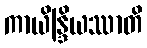
ကာယိန္ဒြိယဿာတိ